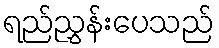
ရည်ညွှန်းပေသည်